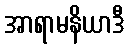
အာရာမနိယာဒီ